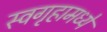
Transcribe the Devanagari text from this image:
स्वगृहामध्ये